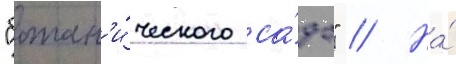
"ботан'и́ческого са́да" // На́